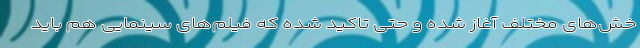
خش‌های مختلف آغاز شده و حتی تاکید شده که فیلم‌های سینمایی هم باید